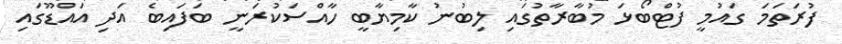
ފުރަތަމަ ގައުމީ ފުޓްބޯޅަ މުބާރާތުގައި ލިބުނު ކާމިޔާބީ ހާއްސަކުރަނީ ބަފައިބެ އަދި އައްޑޫގައި